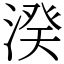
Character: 湀